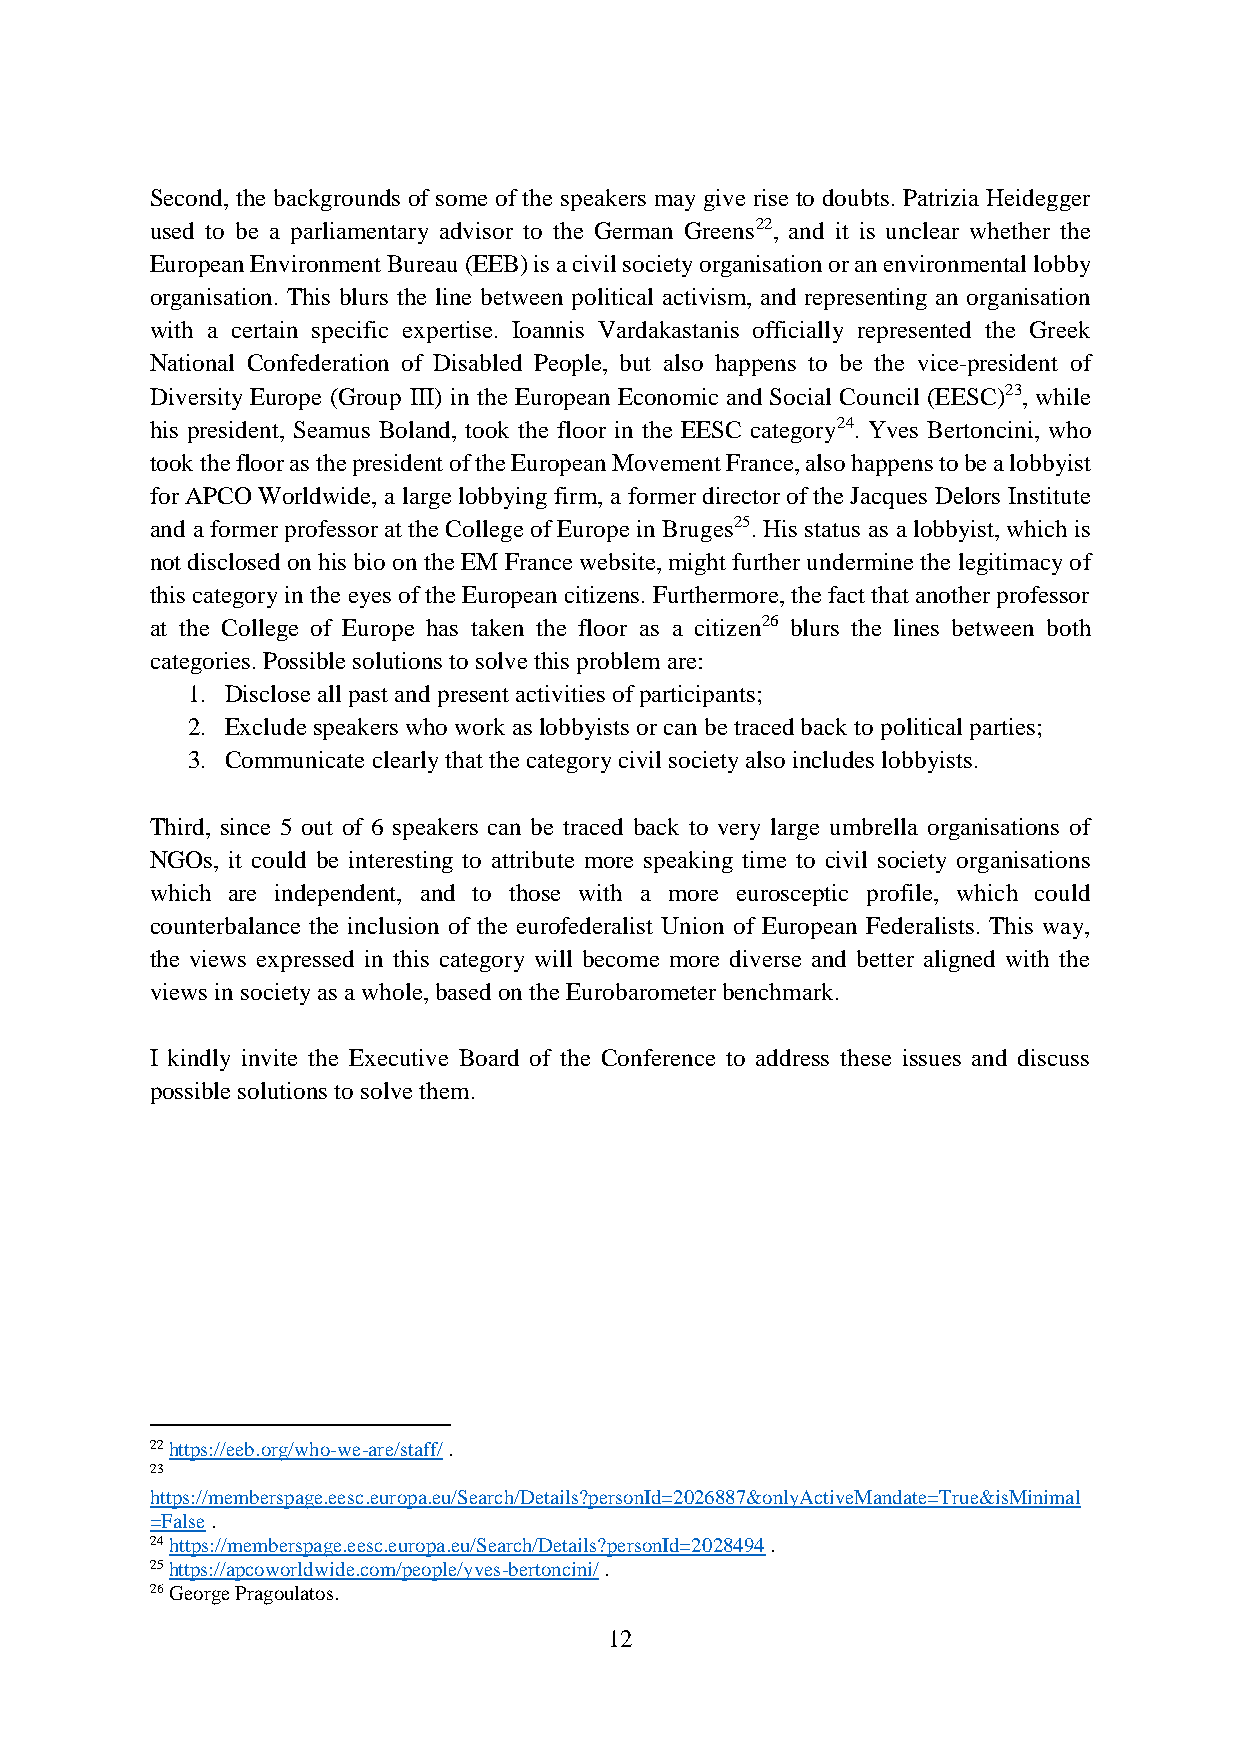
Second, the backgrounds of some of the speakers may give rise to doubts. Patrizia Heidegger
 used to be a parliamentary advisor to the German Greens22, and it is unclear whether the
 European Environment Bureau (EEB) is a civil society organisation or an environmental lobby
 organisation. This blurs the line between political activism, and representing an organisation
 with a certain specific expertise. Ioannis Vardakastanis officially represented the Greek
 National Confederation of Disabled People, but also happens to be the vice-president of
 Diversity Europe (Group III) in the European Economic and Social Council (EESC)23, while
 his president, Seamus Boland, took the floor in the EESC category24. Yves Bertoncini, who
 took the floor as the president of the European Movement France, also happens to be a lobbyist
 for APCO Worldwide, a large lobbying firm, a former director of the Jacques Delors Institute
 and a former professor at the College of Europe in Bruges25. His status as a lobbyist, which is
 not disclosed on his bio on the EM France website, might further undermine the legitimacy of
 this category in the eyes of the European citizens. Furthermore, the fact that another professor
 at the College of Europe has taken the floor as a citizen26 blurs the lines between both
 categories. Possible solutions to solve this problem are:
 1. Disclose all past and present activities of participants;
 2. Exclude speakers who work as lobbyists or can be traced back to political parties;
 3. Communicate clearly that the category civil society also includes lobbyists.
 Third, since 5 out of 6 speakers can be traced back to very large umbrella organisations of
 NGOs, it could be interesting to attribute more speaking time to civil society organisations
 which are independent, and to those with a more eurosceptic profile, which could
 counterbalance the inclusion of the eurofederalist Union of European Federalists. This way,
 the views expressed in this category will become more diverse and better aligned with the
 views in society as a whole, based on the Eurobarometer benchmark.
 I kindly invite the Executive Board of the Conference to address these issues and discuss
 possible solutions to solve them.
 22 https://eeb.org/who-we-are/staff/ .
 23
 https://memberspage.eesc.europa.eu/Search/Details?personId=2026887&onlyActiveMandate=True&isMinimal
 =False .
 24 https://memberspage.eesc.europa.eu/Search/Details?personId=2028494 .
 25 https://apcoworldwide.com/people/yves-bertoncini/ .
 26 George Pragoulatos.
 12